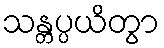
သန္တပ္ပယိတွာ